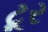
ટૂર